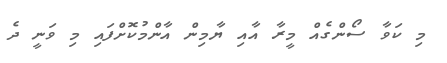
މި ކަވާ ސޯންގެއް މީރާ އާއި ޔާމިން އާންމުކޮށްފައި މި ވަނީ ދެ